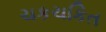
ચકચકિત